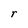
Character: r